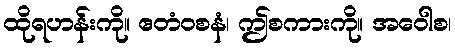
ထိုရဟန်းကို။ ဧတံဝစနံ၊ ဤစကားကို။ အဝေါစ၊